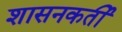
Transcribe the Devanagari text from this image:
शासनकर्ती